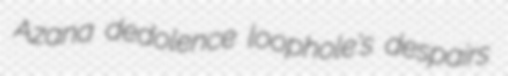
Azana dedolence loophole's despairs